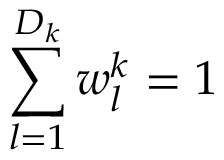
\sum _ { l = 1 } ^ { D _ { k } } w _ { l } ^ { k } = 1